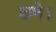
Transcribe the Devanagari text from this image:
छने।